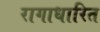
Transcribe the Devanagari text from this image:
रागाधारित